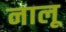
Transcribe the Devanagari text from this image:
नालू